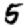
Digit: 5